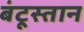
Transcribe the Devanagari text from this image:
बंटूस्तान